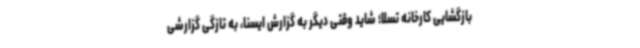
بازگشایی کارخانه تسلا؛ شاید وقتی دیگر به گزارش ایسنا، به تازگی گزارشی